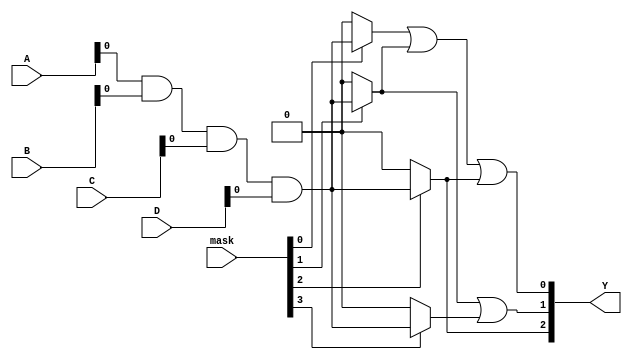
module MaskedPAL (
    input wire [3:0] A, // Input lines (A, B, C, D)
    input wire [3:0] B, // Additional input lines for programming
    input wire [3:0] C, // Additional input lines for programming
    input wire [3:0] D, // Additional input lines for programming
    input wire [3:0] mask, // Masking inputs (1 = active, 0 = masked)
    output wire [2:0] Y // Output lines (Y1, Y2, Y3)
);

// Define the number of AND gates and outputs
parameter NUM_AND_GATES = 8;
parameter NUM_OUTPUTS = 3;

// AND gate outputs
wire [NUM_AND_GATES-1:0] and_out;

// Programmable AND gates
generate
    genvar i;
    for (i = 0; i < NUM_AND_GATES; i = i + 1) begin : and_gates
        assign and_out[i] = (mask[i] == 1'b1) ? (A & B & C & D) : 1'b0; // Example logic
    end
endgenerate

// OR gates for outputs
assign Y[0] = and_out[0] | and_out[1] | and_out[2]; // Output Y1
assign Y[1] = and_out[1] | and_out[3]; // Output Y2
assign Y[2] = and_out[2] | and_out[4] | and_out[5]; // Output Y3

endmodule